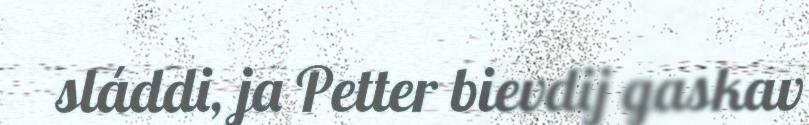
sláddi, ja Petter bievdij gaskav